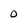
Character: 0